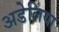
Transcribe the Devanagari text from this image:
अडेलिया